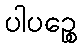
ပါပဉ္စေ